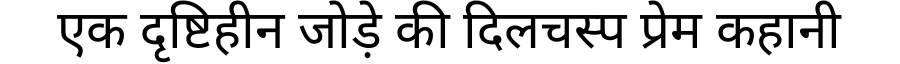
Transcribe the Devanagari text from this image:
एक दृष्टिहीन जोड़े की दिलचस्प प्रेम कहानी